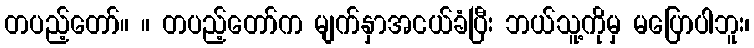
တပည့်တော်။ ။ တပည့်တော်က မျက်နှာအငယ်ခံပြီး ဘယ်သူ့ကိုမှ မပြောပါဘူး၊